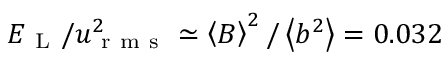
E _ { \mathrm { ~ L ~ } } / u _ { \mathrm { ~ r ~ m ~ s ~ } } ^ { 2 } \simeq \left\langle { B } \right\rangle ^ { 2 } / \left\langle { b ^ { 2 } } \right\rangle = 0 . 0 3 2